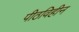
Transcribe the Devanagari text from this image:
पीठविहीन